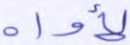
لأواه